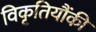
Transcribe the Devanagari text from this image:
विकृतियौंकी